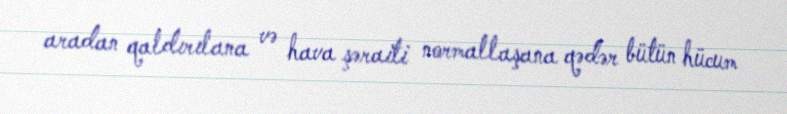
aradan qaldırılana və hava şəraiti normallaşana qədər bütün hücum